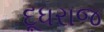
દૂધરાજ